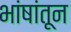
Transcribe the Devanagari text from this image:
भांषांतून